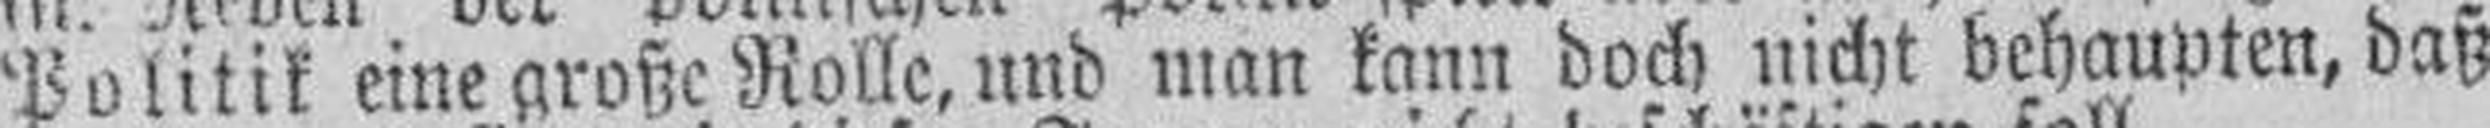
Politik eine große Rolle, und man kann doch nicht behaupten, daß